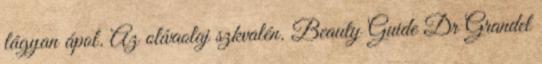
lágyan ápol. Az olívaolaj szkvalén. Beauty Guide Dr Grandel